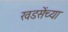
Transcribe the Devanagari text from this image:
खडसेंच्या